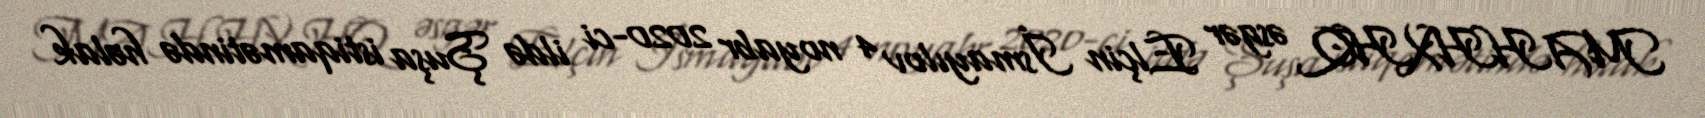
MAHHXHQ əsgər Elçin İsmayılov 4 noyabr 2020-ci ildə Şuşa istiqamətində həlak